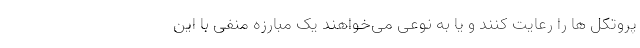
پروتکل ها را رعایت کنند و یا به نوعی می‌خواهند یک مبارزه منفی با این